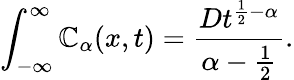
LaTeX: \int_{-\infty}^{\infty}\mathbb{C}_{\alpha}(x,t)=\frac{{Dt^{\frac{{1}}{{2}}-\alpha}}}{{\alpha-\frac{{1}}{{2}}}}.